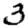
Digit: 3